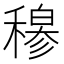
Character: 𬓽